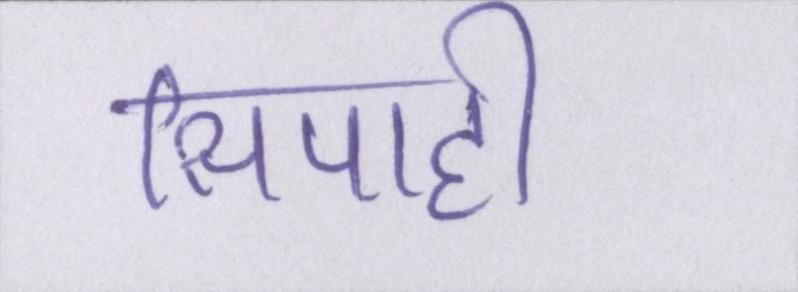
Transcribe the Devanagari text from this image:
सिपाही